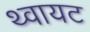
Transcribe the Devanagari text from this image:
थ्वायट